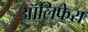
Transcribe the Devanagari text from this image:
ऑलिफेरा